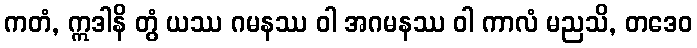
ကတံ, ဣဒါနိ တွံ ယဿ ဂမနဿ ဝါ အဂမနဿ ဝါ ကာလံ မညသိ, တဒေဝ